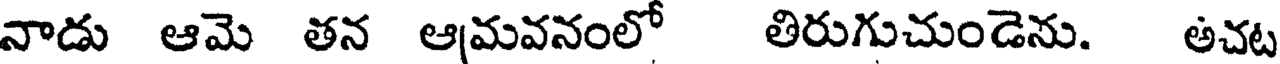
నాడు ఆమె తన ఆమవనంలో తిరుగుచుండెను. అచట